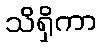
သိရှိကာ